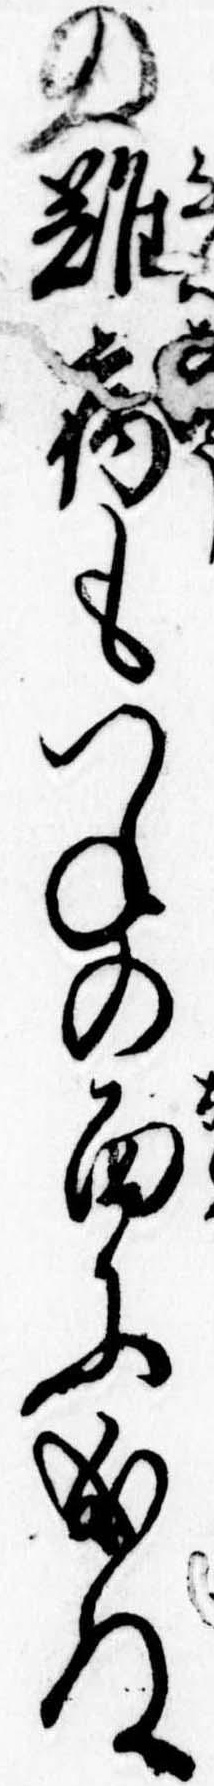
の難病もつねの面に成ぬ